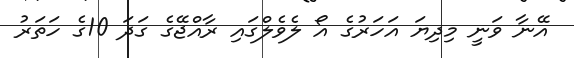
އޭނާ ވަނީ މިދިޔަ އަހަރުގެ އޯ ލެވެލްގައި ރާއްޖޭގެ ގަދަ 10ގެ ހަތަރު